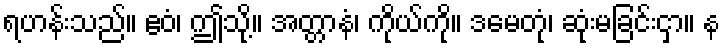
ရဟန်းသည်။ ဧဝံ၊ ဤသို့။ အတ္တာနံ၊ ကိုယ်ကို။ ဒမေတုံ၊ ဆုံးမခြင်းငှာ။ န